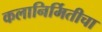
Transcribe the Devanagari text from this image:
कलानिर्मितीचा